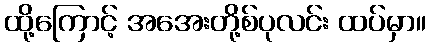
ထို့ကြောင့် အအေးတို့စ်ပုလင်း ထပ်မှာ။